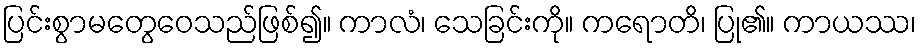
ပြင်းစွာမတွေဝေသည်ဖြစ်၍။ ကာလံ၊ သေခြင်းကို။ ကရောတိ၊ ပြု၏။ ကာယဿ၊